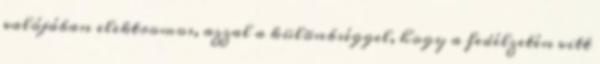
valójában elektromos, azzal a különbséggel, hogy a fedélzetén vitt